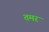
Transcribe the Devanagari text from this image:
तमर